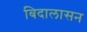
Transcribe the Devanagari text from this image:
बिदालासन